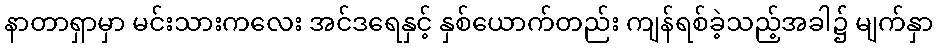
နာတာရှာမှာ မင်းသားကလေး အင်ဒရေနှင့် နှစ်ယောက်တည်း ကျန်ရစ်ခဲ့သည့်အခါ၌ မျက်နှာ